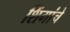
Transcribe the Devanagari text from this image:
शिंगांचे